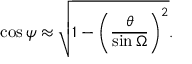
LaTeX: \cos \psi \approx { \sqrt { 1 - \left( { \frac { \theta } { \sin \Omega } } \right) ^ { 2 } } } .